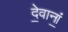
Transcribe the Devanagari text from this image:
दे॒वानां॒